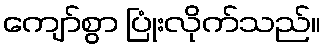
ကျော်စွာ ပြုံးလိုက်သည်။